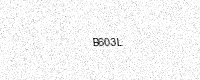
Text: B603L